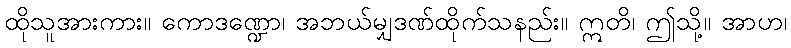
ထိုသူအားကား။ ကောဒဏ္ဍော၊ အဘယ်မျှဒဏ်ထိုက်သနည်း။ ဣတိ၊ ဤသို့။ အာဟ၊